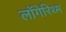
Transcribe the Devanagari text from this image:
लॉगेरिथ्म